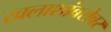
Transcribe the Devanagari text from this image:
खलाशांबरोबर